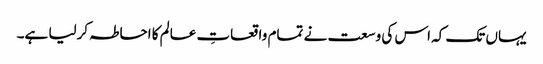
یہاں تک کہ اس کی وسعت نے تمام واقعاتِ عالم کا احاطہ کرلیا ہے۔